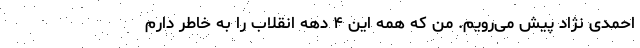
احمدی نژاد پیش می‌رویم. من که همه این ۴ دهه انقلاب را به خاطر دارم